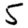
Digit: 5